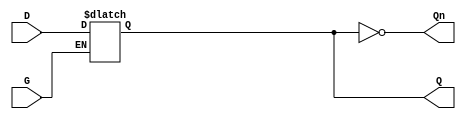
module async_gated_latch (
    input wire D,      // Data input
    input wire G,      // Gate input
    output reg Q,      // Output
    output wire Qn     // Inverted output
);

// Invert Q to get Qn
assign Qn = ~Q;

// Latch behavior
always @(*) begin
    if (G) begin
        Q = D; // When G is high, Q follows D
    end
    // When G is low, Q retains its value (no change)
end

endmodule